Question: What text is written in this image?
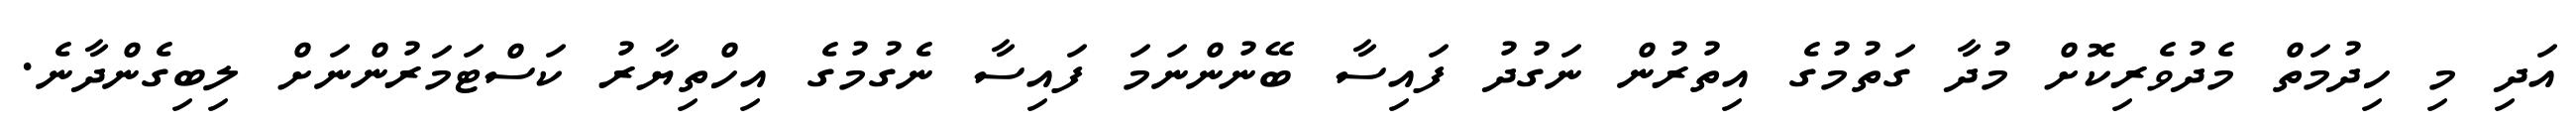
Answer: އަދި މި ހިދުމަތް މެދުވެރިކޮށް މުދާ ގަތުމުގެ އިތުރުން ނަގުދު ފައިސާ ބޭނުންނަމަ ފައިސާ ނެގުމުގެ އިހްތިޔާރު ކަސްޓަމަރުންނަށް ލިބިގެންދާނެ.